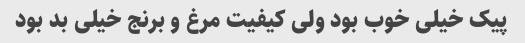
پیک خیلی خوب بود ولی کیفیت مرغ و برنج خیلی بد بود